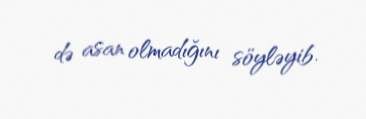
də asan olmadığını söyləyib.